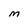
Character: M